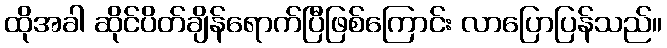
ထိုအခါ ဆိုင်ပိတ်ချိန်ရောက်ပြီဖြစ်ကြောင်း လာပြောပြန်သည်။